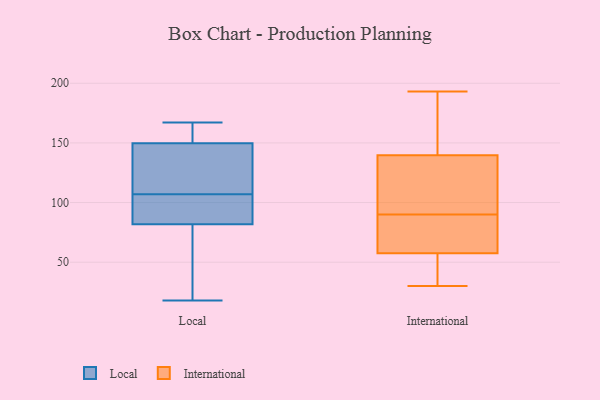
{"axis": {"x": "Bounce Rate (%)", "y": "Value"}, "legend": ["International", "Local"], "data": [{"x": "", "y": 117, "type": "Local"}, {"x": "", "y": 140, "type": "Local"}, {"x": "", "y": 107, "type": "Local"}, {"x": "", "y": 90, "type": "Local"}, {"x": "", "y": 51, "type": "Local"}, {"x": "", "y": 79, "type": "Local"}, {"x": "", "y": 40, "type": "Local"}, {"x": "", "y": 165, "type": "Local"}, {"x": "", "y": 97, "type": "Local"}, {"x": "", "y": 107, "type": "Local"}, {"x": "", "y": 153, "type": "Local"}, {"x": "", "y": 18, "type": "Local"}, {"x": "", "y": 158, "type": "Local"}, {"x": "", "y": 139, "type": "Local"}, {"x": "", "y": 167, "type": "Local"}, {"x": "", "y": 75, "type": "International"}, {"x": "", "y": 112, "type": "International"}, {"x": "", "y": 30, "type": "International"}, {"x": "", "y": 68, "type": "International"}, {"x": "", "y": 193, "type": "International"}, {"x": "", "y": 54, "type": "International"}, {"x": "", "y": 127, "type": "International"}, {"x": "", "y": 31, "type": "International"}, {"x": "", "y": 90, "type": "International"}, {"x": "", "y": 159, "type": "International"}, {"x": "", "y": 144, "type": "International"}]}